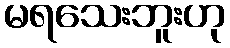
မရသေးဘူးဟု